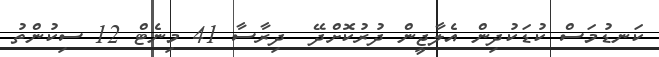
ކަނޑުމަސް ކުޑަކުދިން އެލާޖީން ދުރުކޮށްދޭ  ދިރާސާ 41 މިނެޓް 12 ސިކުންތު